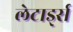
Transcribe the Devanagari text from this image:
लेटार्ड्स